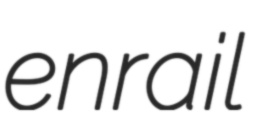
enrail